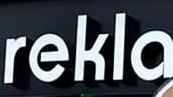
rekla